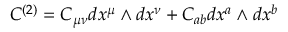
C ^ { ( 2 ) } = C _ { \mu \nu } d x ^ { \mu } \wedge d x ^ { \nu } + C _ { a b } d x ^ { a } \wedge d x ^ { b }